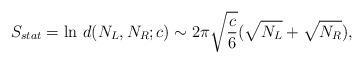
LaTeX: \begin{align*}S_{stat}=\ln\,d(N_L,N_R;c)\sim 2\pi\sqrt{c\over 6}(\sqrt{N_L}+\sqrt{N_R}), \end{align*}